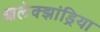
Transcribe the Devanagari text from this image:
आलेक्झांड्रिया